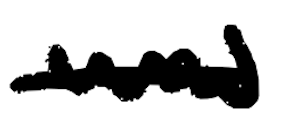
Text: was
Cross-out: single-line
Writing tool: digital_black